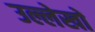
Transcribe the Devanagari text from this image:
उल्लेखाें